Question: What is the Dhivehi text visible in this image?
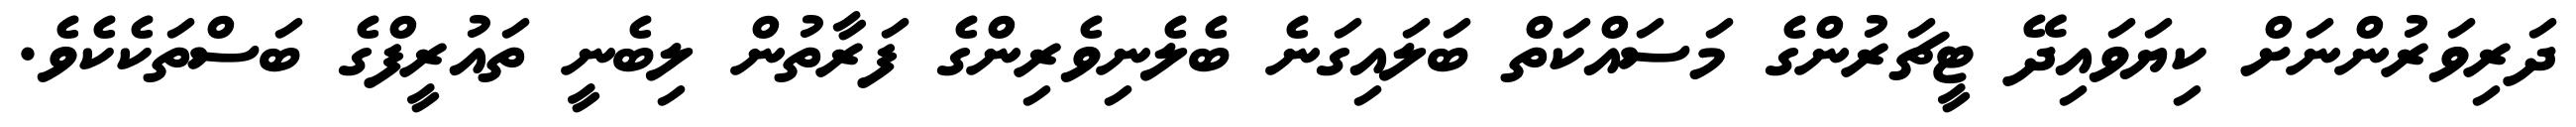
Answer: ދަރިވަރުންނަށް ކިޔަވައިދޭ ޓީޗަރުންގެ މަސައްކަތް ބަލައިގަނެ ބެލެނިވެރިންގެ ފަރާތުން ލިބެނީ ތައުރީފްގެ ބަސްތަކެކެވެ.